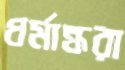
ধর্মান্ধরা